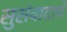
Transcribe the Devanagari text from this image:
सुसंवादाचे